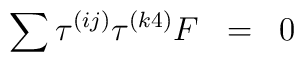
\sum \tau^{(ij)} \tau^{(k4)} F \;\; =\;\; 0